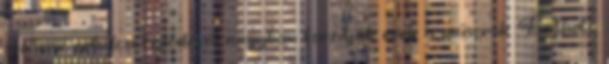
szellemi, erkölcsi fejlődését nagyban torzítják ezek a műsorok. Érthető,